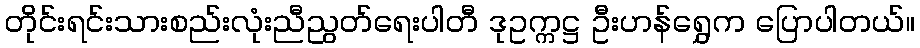
တိုင်းရင်းသားစည်းလုံးညီညွတ်ရေးပါတီ ဒုဥက္ကဋ္ဌ ဦးဟန်ရွှေက ပြောပါတယ်။